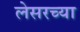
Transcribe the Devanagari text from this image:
लेसरच्या